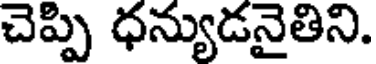
చెప్పి ధన్యుడనైతిని.